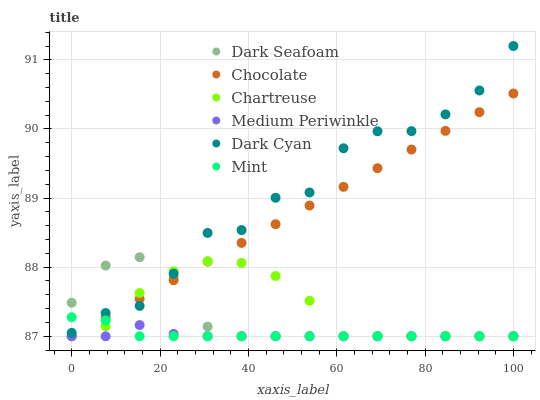
| xaxis_label | Dark Seafoam | Chocolate | Chartreuse | Medium Periwinkle | Dark Cyan | Mint |
 | --- | --- | --- | --- | --- | --- | --- |
 | 0 | 87.5 | 87 | 87 | 87 | 87 | 87.3 |
 | 7.69 | 88 | 87.3 | 87.1 | 87 | 87.3 | 87.2 |
 | 15.4 | 88.1 | 87.5 | 87.6 | 87.2 | 87.4 | 87 |
 | 23.1 | 87.8 | 87.8 | 87.9 | 87 | 87.9 | 87 |
 | 30.8 | 87.1 | 88.1 | 88.1 | 87 | 88.5 | 87 |
 | 38.5 | 87 | 88.4 | 88.1 | 87 | 88.5 | 87 |
 | 46.2 | 87 | 88.6 | 87.9 | 87 | 89 | 87 |
 | 53.8 | 87 | 88.9 | 87.5 | 87 | 89.1 | 87 |
 | 61.5 | 87 | 89.2 | 87 | 87 | 89.7 | 87 |
 | 69.2 | 87 | 89.4 | 87 | 87 | 90 | 87 |
 | 76.9 | 87 | 89.7 | 87 | 87 | 90 | 87 |
 | 84.6 | 87 | 90 | 87 | 87 | 90.2 | 87 |
 | 92.3 | 87 | 90.2 | 87 | 87 | 90.6 | 87 |
 | 100 | 87 | 90.5 | 87 | 87 | 91.2 | 87 |